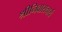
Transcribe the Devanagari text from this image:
श्रीनिवासचार्य